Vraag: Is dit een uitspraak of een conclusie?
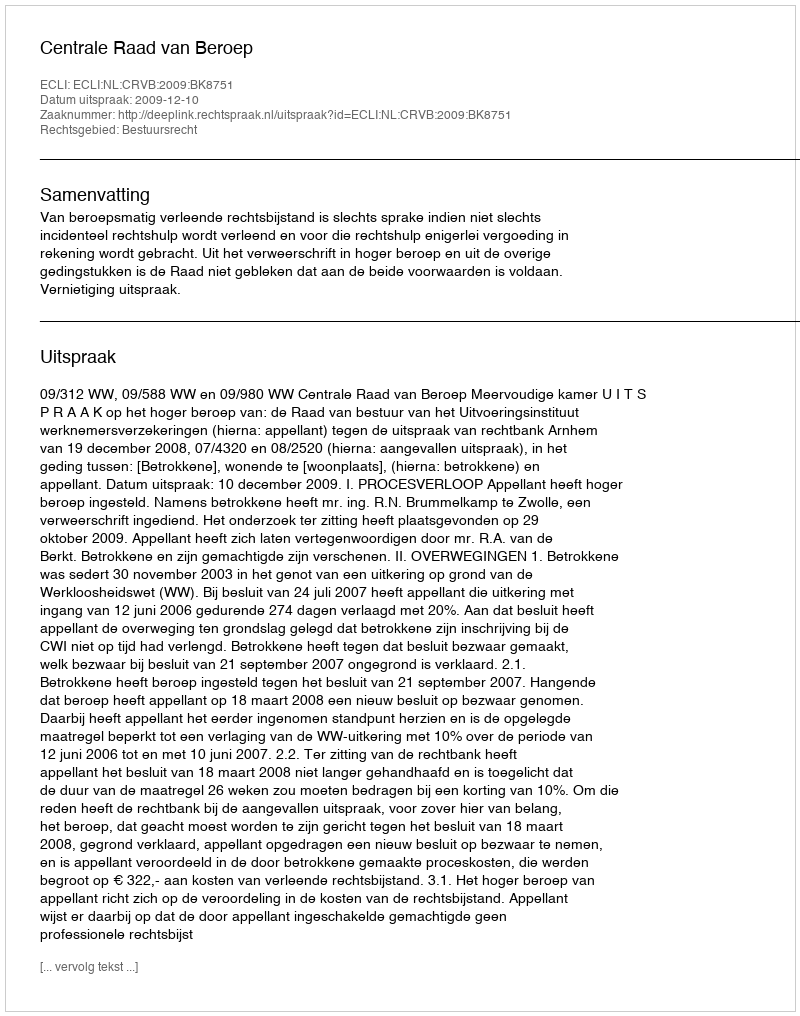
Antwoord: Uitspraak